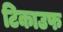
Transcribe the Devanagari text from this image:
टिकाउफ